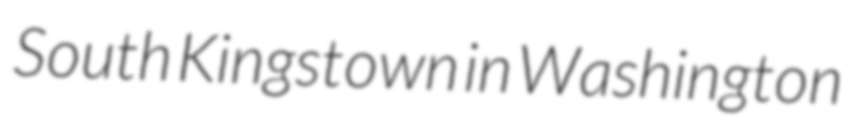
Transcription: South Kingstown in Washington